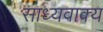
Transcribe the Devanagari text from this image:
साध्यवाक्य